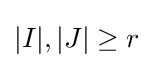
|I|,|J|\geq r